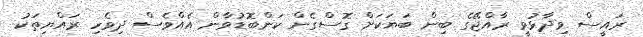
ރައީސް ވިދާޅުވީ ރާއްޖޭގެ ބިން ބަޔަކަށް ގޮސްގެން ކަންބޮޑުވާން އެއްވެސް ދިވެހި ރައްޔިތަކު